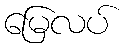
မြေလပ်